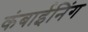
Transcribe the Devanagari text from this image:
कंबाईनिंग